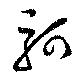
軻